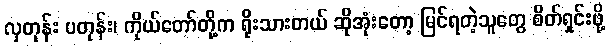
လှတုန်း ပတုန်း၊ ကိုယ်တော်တို့က ရိုးသားတယ် ဆိုအုံးတော့ မြင်ရတဲ့သူတွေ စိတ်ရှင်းဖို့